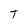
Character: T